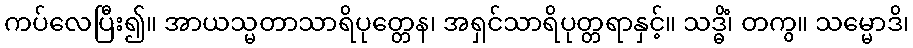
ကပ်လေပြီး၍။ အာယသ္မတာသာရိပုတ္တေန၊ အရှင်သာရိပုတ္တရာနှင့်။ သဒ္ဓိံ၊ တကွ။ သမ္မောဒိ၊